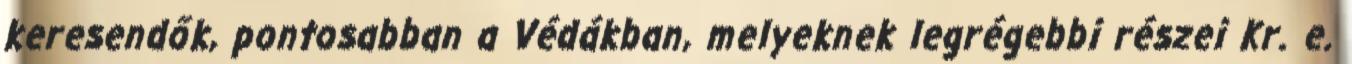
keresendők, pontosabban a Védákban, melyeknek legrégebbi részei Kr. e.